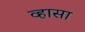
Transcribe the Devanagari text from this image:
व्हासा